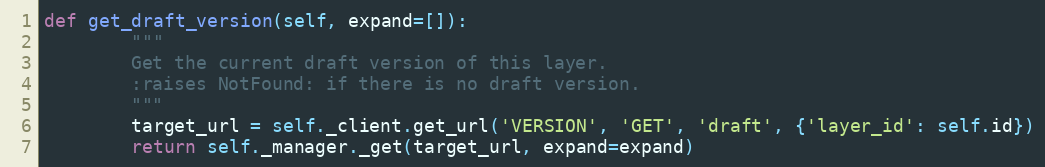
Language: Python
def get_draft_version(self, expand=[]):
        """
        Get the current draft version of this layer.
        :raises NotFound: if there is no draft version.
        """
        target_url = self._client.get_url('VERSION', 'GET', 'draft', {'layer_id': self.id})
        return self._manager._get(target_url, expand=expand)